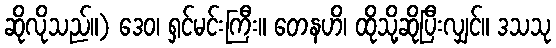
ဆိုလိုသည်။) ဒေဝ၊ ရှင်မင်းကြီး။ တေနဟိ၊ ထိုသို့ဆိုပြီးလျှင်။ ဒသသု